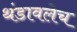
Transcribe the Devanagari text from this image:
थंडावलेच